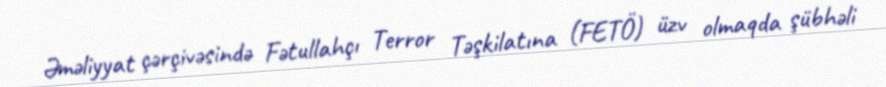
Əməliyyat çərçivəsində Fətullahçı Terror Təşkilatına (FETÖ) üzv olmaqda şübhəli